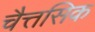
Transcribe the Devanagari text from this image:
चैत्तसिक